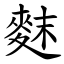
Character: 䴲